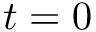
t = 0